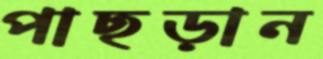
পাছড়ান